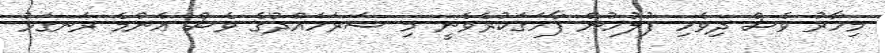
މިހާރު ވެސް ދިވެހި ފުލުހުން ފާހަގަކުރެވެނީ މި ސަރަހައްދުގެ ވެސް އެންމެ ރަނގަޅު